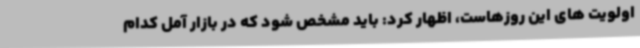
اولویت های این روزهاست، اظهار کرد: باید مشخص شود که در بازار آمل کدام